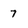
Character: 7